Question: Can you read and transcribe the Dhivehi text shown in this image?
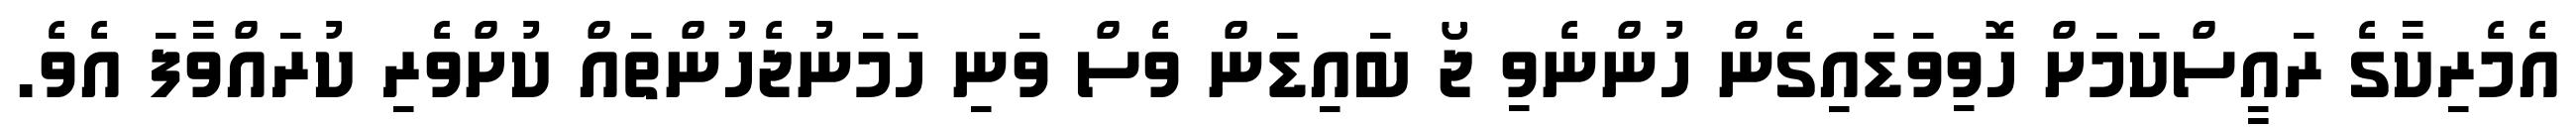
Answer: އެމެރިކާގެ ރައީސްކަމަަށް ހޮވިވަޑައިގެން ހުންނެވި ޖޯ ބައިޑަން ވެސް ވަނި ހަމަނުޖެހުންތައް ކުށްވެރި ކުރައްވާފަ އެވެ.